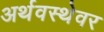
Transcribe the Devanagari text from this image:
अर्थवस्थेवर